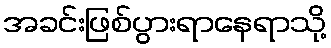
အခင်းဖြစ်ပွားရာနေရာသို့